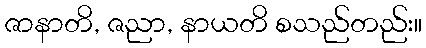
ဇာနာတိ, ဇညာ, နာယတိ စသည်တည်း။